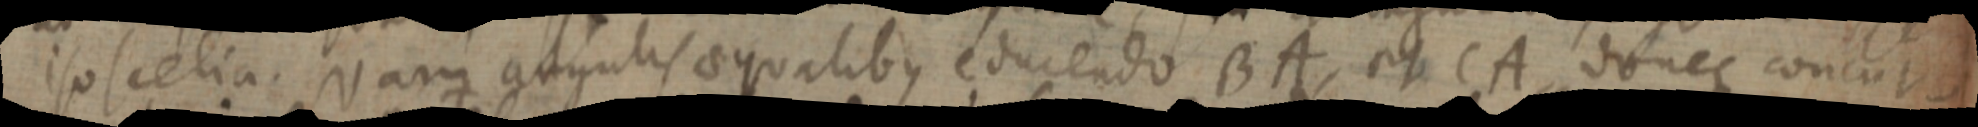
isoscelia. Nam angulis aequalibus eduendo BA, et CA. donec concur